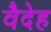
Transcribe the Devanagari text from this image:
वैदेह